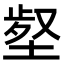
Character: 𡎙